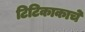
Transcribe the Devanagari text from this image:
टिटिकाकाचे